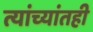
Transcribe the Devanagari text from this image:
त्यांच्यांतही